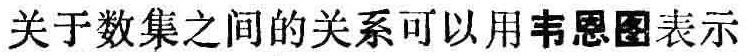
关于数集之间的关系可以用韦恩图表示